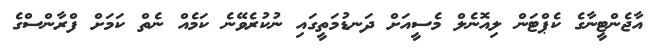
އާޖެންޓީނާގެ ކެޕްޓަން ލިއޮނެލް މެސީއަށް ދަނޑުމަތީގައި ނުކުރެވޭނެ ކަމެއް ނެތް ކަމަށް ފްރާންސްގެ